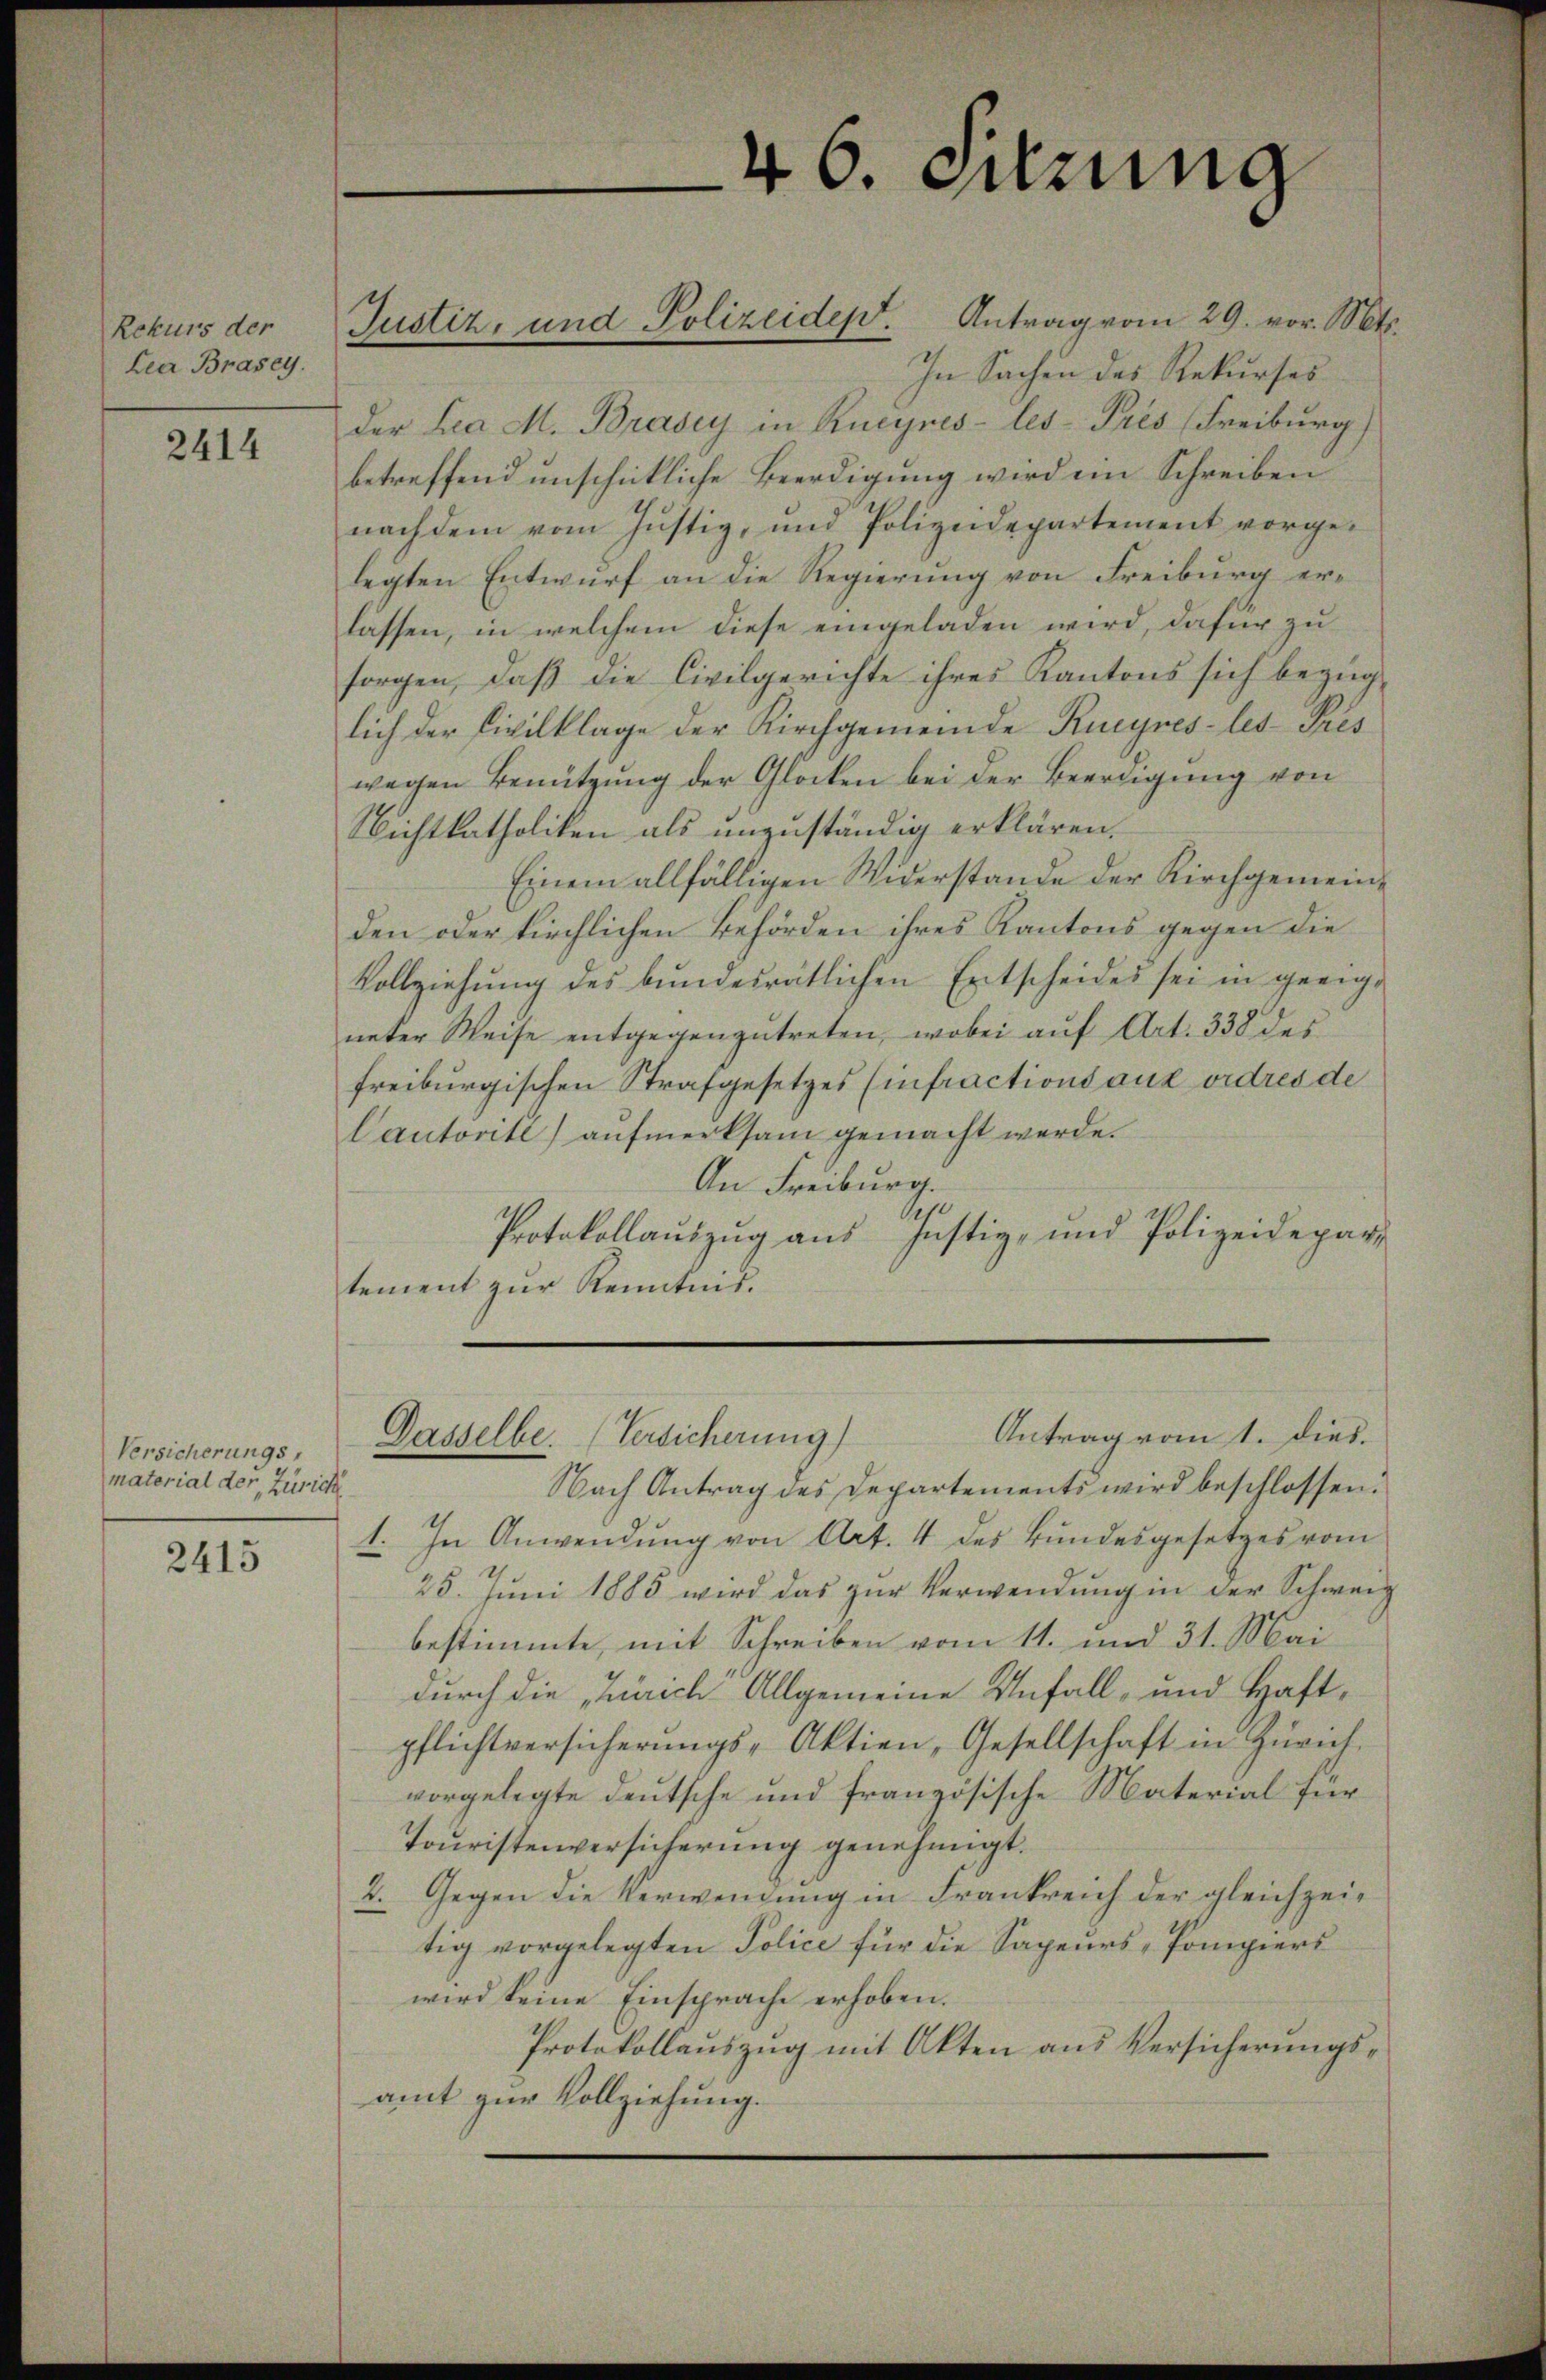
Rekurs der
Lea Brasey.

2414

Versicherungs,
e
material der Zürich

2415

der Ira M. Brasey in Rueynes-les-Trés (Freiburg)
betreffend unschickliche Beerdigung wird im Schreiben
nachdem vom Jŭstiz, und Polizeidepartement vorge-
legten Entwurf an die Regierung von Freiburg erlassen, in welchem diese eingeladen wird, dafür zu
sorgen, daß die Civilgerichte ihres Kantons sich bezüglich der Civilklage der Kirchgemeinde Rueyres-les- Pres
wegen Benutzung der Glocken bei der Beerdigung von
Nichtkatholiken als unzuständig erklären,
Einem allfälligen Widerstande der Kirchgemeinden oder kirchlichen Behörden ihres Kantons gegen die
Vollziehung des bundesrätlichen Entscheides sei in geeigueter Weise entgegenzŭtreten, wobei aŭf Art. 338 des
freiburgischen Strafgesetzes (infractions aux ordres de
Cautorite) aufmerksam gemacht werde.
An Freiburg.
Protokollauszug aus Justiz- und Polizeidepar-
tement zur Kenntnis.

Justiz, und Polizeidept. Antrag vom 29. vor. Mts.

46. Sitzung

Antrag vom 1. dies.
Dasselbe. (Versicherung)

Nach Antrag des Departements wird beschlossen.
1. In Anwendung von Art. 4 des Bundesgesetzes vom
25. Juni 1885 wird das zur Verwendung in der Schweiz
bestimmte, mit Schreiben vom 11. und 31. Mai
durch die „Zürich Allgemeine Unfall- und Haftpflichtversicherungs-Aktien, Gesellschaft in Zürich,
vorgelegte deutsche und französische Material für
Touristenversicherung genehmigt.
2. Gegen die Verwendung in Frankreich der gleichzeitig vorgelegten Police für die Sapeurs, Pompiers
wird keine Einsprache erhoben.
Protokollauszug mit Akten aus Versicherungsamt zur Vollziehung.

In Sachen des Rekurses